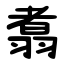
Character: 翥